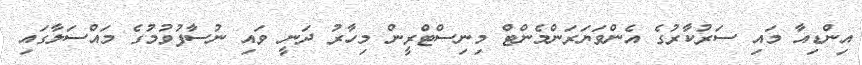
އިންޑިއާ މައި ސަރުކާރުގެ އެންވަޔަރަންމެންޓް މިނިސްޓްރީން މިހާރު ދަނީ ވައި ނުސާފުވުމުގެ މައްސަލާގައި